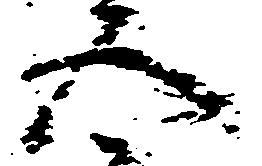
五